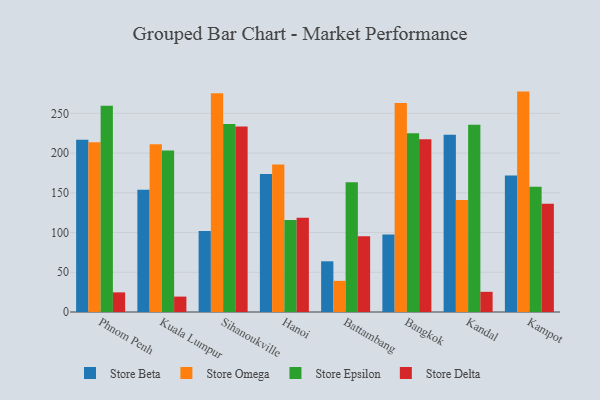
{"axis": {"x": "City", "y": "Production Output"}, "legend": ["Store Beta", "Store Delta", "Store Epsilon", "Store Omega"], "data": [{"x": "Phnom Penh", "y": 216.7, "type": "Store Beta"}, {"x": "Phnom Penh", "y": 213.7, "type": "Store Omega"}, {"x": "Phnom Penh", "y": 259.7, "type": "Store Epsilon"}, {"x": "Phnom Penh", "y": 24.7, "type": "Store Delta"}, {"x": "Kuala Lumpur", "y": 153.9, "type": "Store Beta"}, {"x": "Kuala Lumpur", "y": 211.0, "type": "Store Omega"}, {"x": "Kuala Lumpur", "y": 203.3, "type": "Store Epsilon"}, {"x": "Kuala Lumpur", "y": 19.4, "type": "Store Delta"}, {"x": "Sihanoukville", "y": 101.9, "type": "Store Beta"}, {"x": "Sihanoukville", "y": 275.4, "type": "Store Omega"}, {"x": "Sihanoukville", "y": 236.5, "type": "Store Epsilon"}, {"x": "Sihanoukville", "y": 233.6, "type": "Store Delta"}, {"x": "Hanoi", "y": 173.6, "type": "Store Beta"}, {"x": "Hanoi", "y": 185.6, "type": "Store Omega"}, {"x": "Hanoi", "y": 115.9, "type": "Store Epsilon"}, {"x": "Hanoi", "y": 118.7, "type": "Store Delta"}, {"x": "Battambang", "y": 63.8, "type": "Store Beta"}, {"x": "Battambang", "y": 39.2, "type": "Store Omega"}, {"x": "Battambang", "y": 163.2, "type": "Store Epsilon"}, {"x": "Battambang", "y": 95.3, "type": "Store Delta"}, {"x": "Bangkok", "y": 97.7, "type": "Store Beta"}, {"x": "Bangkok", "y": 262.9, "type": "Store Omega"}, {"x": "Bangkok", "y": 225.1, "type": "Store Epsilon"}, {"x": "Bangkok", "y": 217.4, "type": "Store Delta"}, {"x": "Kandal", "y": 223.2, "type": "Store Beta"}, {"x": "Kandal", "y": 141.1, "type": "Store Omega"}, {"x": "Kandal", "y": 235.7, "type": "Store Epsilon"}, {"x": "Kandal", "y": 25.4, "type": "Store Delta"}, {"x": "Kampot", "y": 171.7, "type": "Store Beta"}, {"x": "Kampot", "y": 277.4, "type": "Store Omega"}, {"x": "Kampot", "y": 157.7, "type": "Store Epsilon"}, {"x": "Kampot", "y": 136.1, "type": "Store Delta"}]}